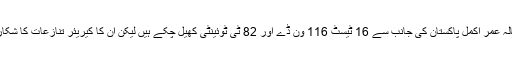
28سالہ عمر اکمل پاکستان کی جانب سے 16 ٹیسٹ 116 ون ڈے اور 82 ٹی ٹوئینٹی کھیل چکے ہیں لیکن ان کا کیریئر تنازعات کا شکار ہے۔